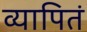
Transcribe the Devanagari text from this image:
व्यापितं